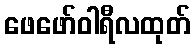
ဖေဖော်ဝါရီလထုတ်